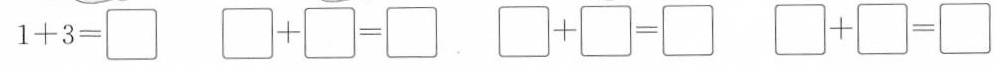
1+3= \Box \Box+ \Box= \Box \Box +\Box= \Box \Box+ \Box =\Box